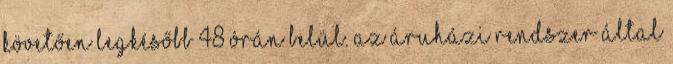
követően legkésőbb 48 órán belül. Az áruházi rendszer által